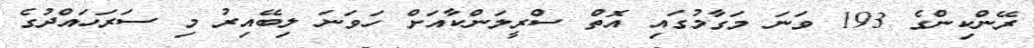
ރޭންކިންގެ 193 ވަނަ މަގާމުގައި އޮތް ސްރީލަންކާއަށް ހަވަނަ ލިބޭއިރު މި ސަރަހައްދުގެ